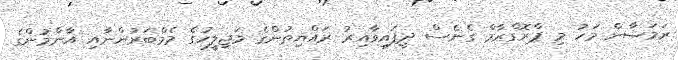
ރަމަޟާން މަހު މި ޕްރޮގްރާމް ގެނެސް ދީފައިވާއިރު ރައްޔިތުންގެ މަޖިލީހުގެ މެމްބަރުންނާއި އާންމުންގެ